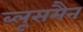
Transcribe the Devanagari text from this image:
ब्लूसमैन